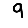
Digit: 9